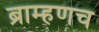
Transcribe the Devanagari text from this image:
ब्राम्हणच